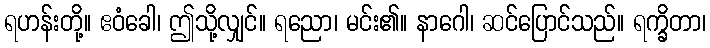
ရဟန်းတို့။ ဧဝံခေါ၊ ဤသို့လျှင်။ ရညော၊ မင်း၏။ နာဂေါ၊ ဆင်ပြောင်သည်။ ရက္ခိတာ၊